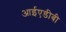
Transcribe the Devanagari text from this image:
आईएडीबी